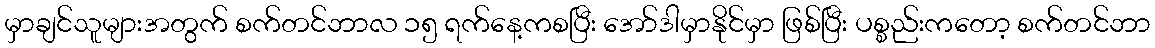
မှာချင်သူများအတွက် စက်တင်ဘာလ ၁၅ ရက်နေ့ကစပြီး အော်ဒါမှာနိုင်မှာ ဖြစ်ပြီး ပစ္စည်းကတော့ စက်တင်ဘာ